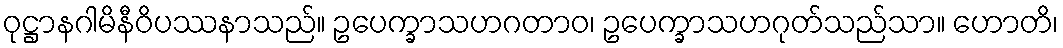
ဝုဋ္ဌာနဂါမိနီဝိပဿနာသည်။ ဥပေက္ခာသဟဂတာဝ၊ ဥပေက္ခာသဟဂုတ်သည်သာ။ ဟောတိ၊